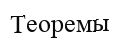
Теоремы